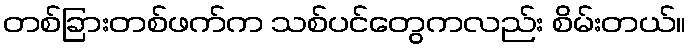
တစ်ခြားတစ်ဖက်က သစ်ပင်တွေကလည်း စိမ်းတယ်။